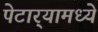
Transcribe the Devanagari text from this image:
पेटार्‍यामध्ये